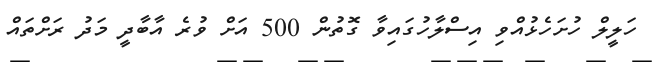
ހަލީލް ހުށަހެޅުއްވި އިސްލާހުގައިވާ ގޮތުން 500 އަށް ވުރެ އާބާދީ މަދު ރަށްތައް